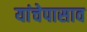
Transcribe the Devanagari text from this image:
यांचेपासाव